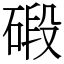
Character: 碫